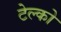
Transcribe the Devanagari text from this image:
टेल्‍को